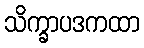
သိက္ခာပဒကထာ